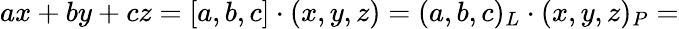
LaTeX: ax+by+cz=[a,b,c]\cdot(x,y,z)=(a,b,c)_{L}\cdot(x,y,z)_{P}=